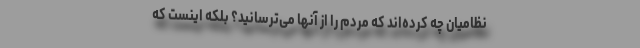
نظامیان چه کرده‌اند که مردم را از آنها می‌ترسانید؟ بلکه اینست که